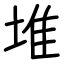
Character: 堆